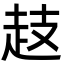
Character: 䞚